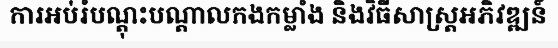
ការអប់រំបណ្តុះបណ្តាលកងកម្លាំង និងវិធីសាស្ត្រអភិវឌ្ឍន៍